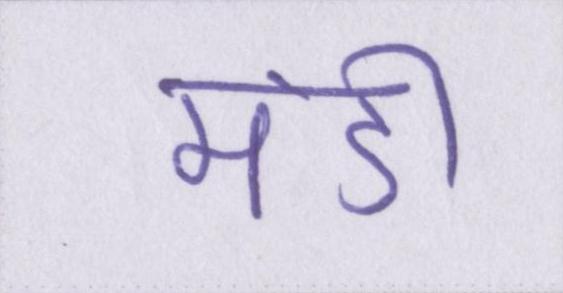
मंडी